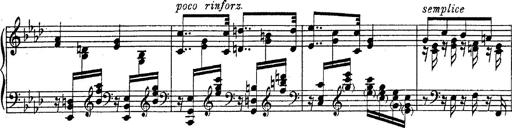
Title: Fantasie Ã¼ber Themen aus Mozarts Figaro und Don Giovanni
Composer: Franz Liszt